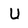
Character: U